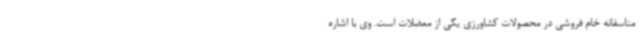
متاسفانه خام فروشی در محصولات کشاورزی یکی از معضلات است. وی با اشاره